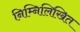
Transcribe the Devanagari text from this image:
निम्‍निलिखित